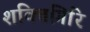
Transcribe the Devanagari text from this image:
शक्तिगिरि